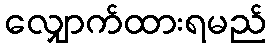
လျှောက်ထားရမည်